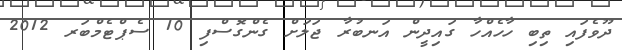
ދޫވެފައި ތިބި ހާހެއްހާ ގައިދީން އަނބުރާ ޖަލަށް ގެންގޮސްފި 10 ސެޕްޓެމްބަރ 2012